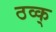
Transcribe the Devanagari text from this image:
ठव्क्